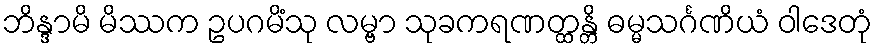
ဘိန္ဒာမိ မိဿက ဥပဂမိံသု လမ္ဗာ သုခကရဏတ္ထန္တိ ဓမ္မသင်္ဂဏိယံ ဝါဒေတုံ